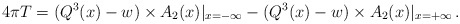
\begin{align*}4 \pi T = (Q^3(x) -w) \times A_2 (x) |_{x=-\infty}- (Q^3(x) -w) \times A_2 (x) |_{x=+\infty}\,.\end{align*}